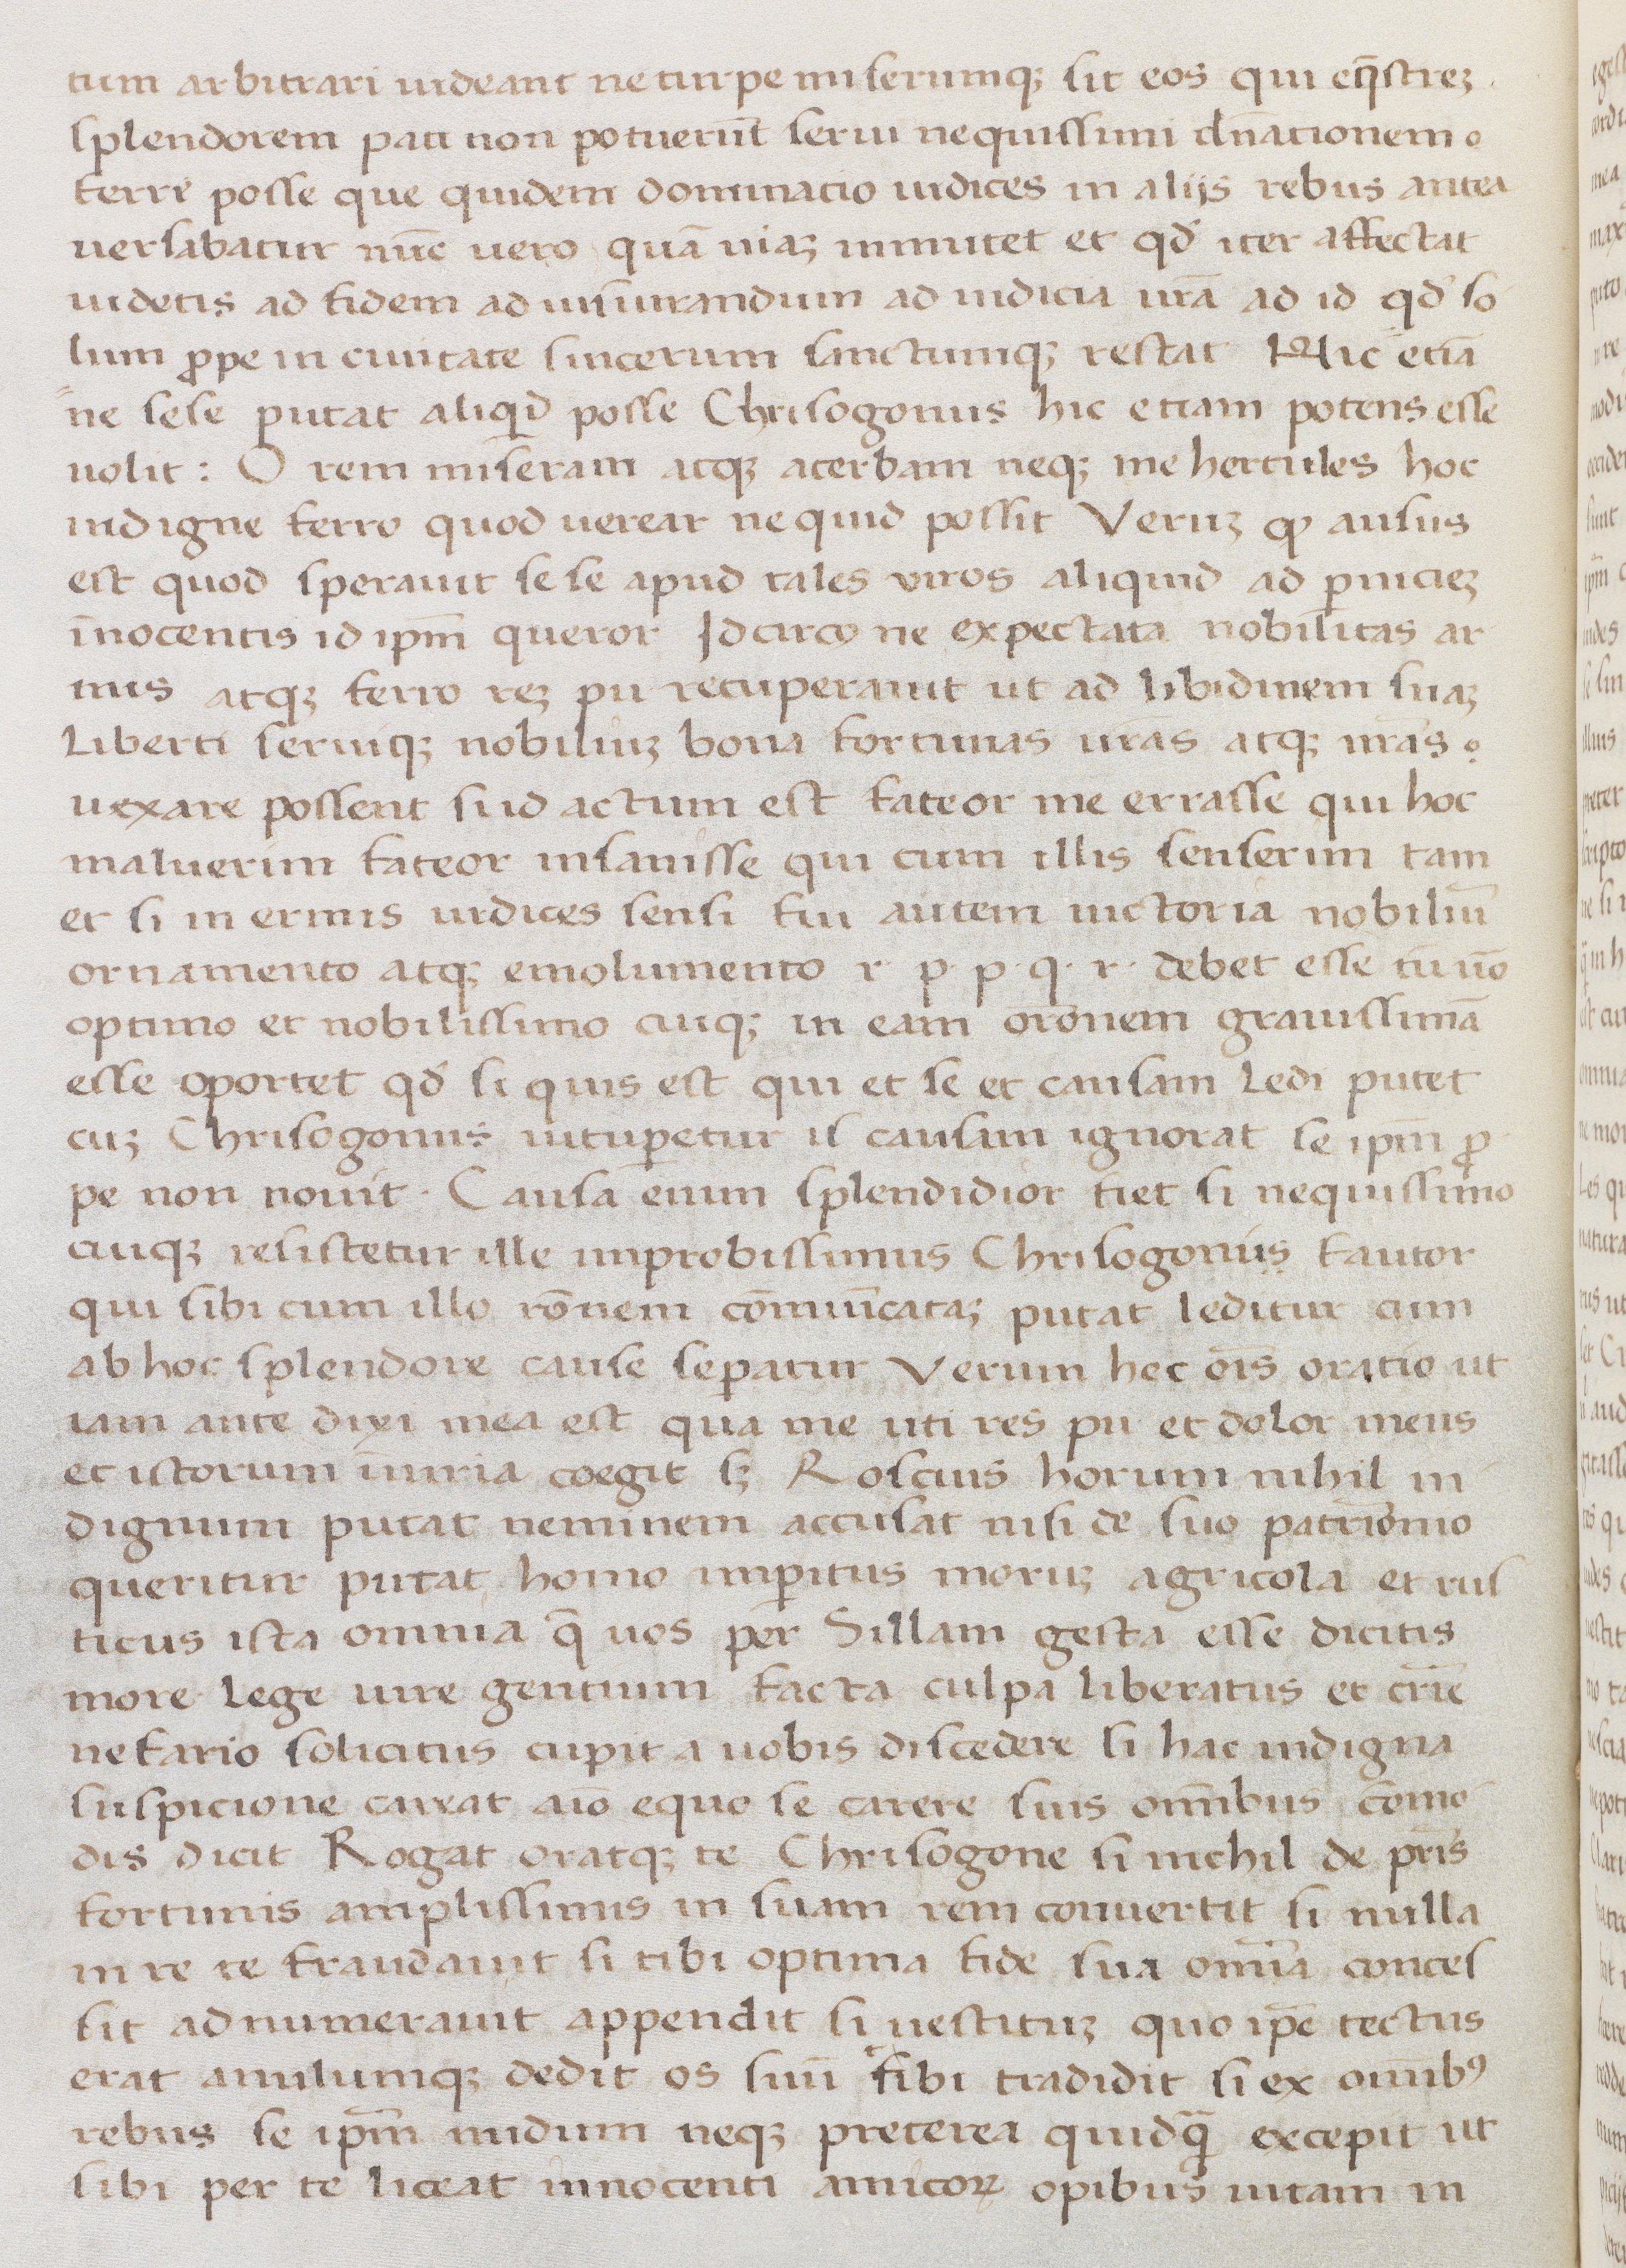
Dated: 1400–1499